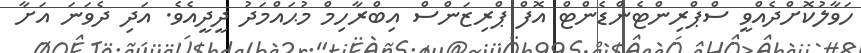
ހަވާލުކޮށްދެއްވީ ސްޕްރިންޓެންޑެންޓް އޮފް ޕްރިޒަންސް އިބްރާހިމް މުޙައްމަދު ދީދީއެވެ. އަދި ދެވަނަ އަށާ